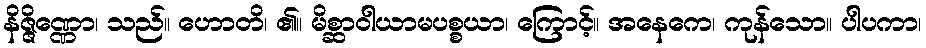
နိဇ္ဇိဏ္ဏော၊ သည်။ ဟောတိ၊ ၏။ မိစ္ဆာဝါယာမပစ္စယာ၊ ကြောင့်။ အနေကေ၊ ကုန်သော။ ပါပကာ၊